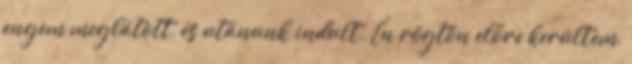
engem meglátott, és utánunk indult. Én rögtön előre kerültem,